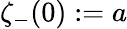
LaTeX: \zeta_{-}(0):=a